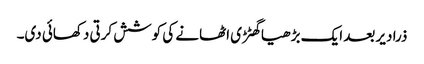
ذرا دیر بعد ایک بڑھیا گھٹڑی اٹھانے کی کوشش کرتی دکھائی دی۔